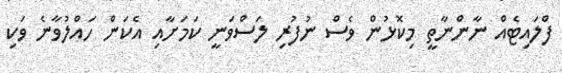
ފްލައިޓެއް ނާންނާތީ މިކޮޅުން ވެސް ނުފުރި ލަސްވަނީ ކަމަށާއި އެކަން ހައްލުވާނެ ވަކި